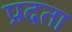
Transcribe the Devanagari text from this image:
प्रदता